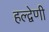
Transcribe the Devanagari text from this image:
हल्द्वेणी